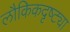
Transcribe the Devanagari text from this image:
लौकिकदृष्ट्या